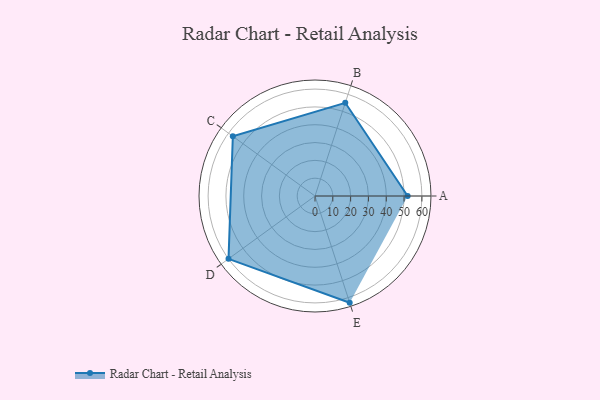
{"axis": {"x": "Skill", "y": "Score"}, "legend": ["Profile"], "data": [{"x": "A", "y": 52.0, "type": "Profile"}, {"x": "B", "y": 55.0, "type": "Profile"}, {"x": "C", "y": 57.0, "type": "Profile"}, {"x": "D", "y": 60.0, "type": "Profile"}, {"x": "E", "y": 63.0, "type": "Profile"}]}